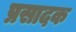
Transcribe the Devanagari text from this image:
प्रसादक